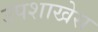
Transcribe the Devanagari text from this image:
उपशाखेस